Vaccination in Bombay 1913-1923 - 1913-1923
Year: 1913
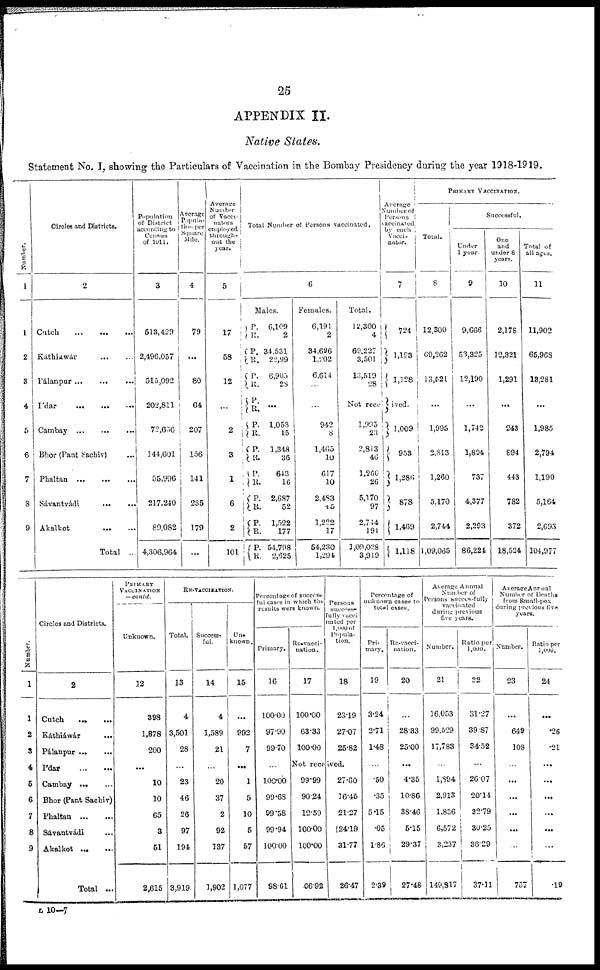
25
APPENDIX II.
Native States.
Statement No. I, showing the Particulars of Vaccination in the Bombay Presidency during the year 1918-1919.
Number.
1
1
2
3
4
5
6
7
8
9
Circles and Districts.
2
Cutch ... ... ...
Káthiawár ... ...
Pálanpur ... ... ...
Ídar
...
...
...
Cambay
...
...
...
Bhor (Pant Sachiv) ...
Phaltan
...
...
...
Sávantvádi ... ...
Akalkot
...
...
Total ...
Population
of District
according to
Census
of 1911
3
513,429
2,496,057
515,092
202,811
72,656
144,601
55,996
217,240
89,082
4,306,964
Average
Popula-
tion per
Square
Mile.
4
79
...
80
64
207
156
1 4 1
235
179
...
Average
Number
of Vacci-
nators
employed
through-
out the
year.
5
17
58
12
...
2
3
1
6
2
101
Total Number of Persons vaccinated,
6
Males.
P.
R.
P.
R.
P.
R.
P.
R.
P.
R.
P.
R.
P.
R.
P.
R.
P.
R.
P.
R.
6,109
2
34,531
22,99
6,905
28
...
1,053
15
1,348
36
643
16
2,687
52
1,522
177
54,798
2,625
Females.
6,191
2
34,696
1,202
6,614
...
942
8
1,465
10
617
10
2,483
45
1,222
17
54,230
1,294
Total.
12,300
4
69,227
3,501
13,519
28
Average
Number of
Persons
vaccinated
by each
Vacci-
nator.
7
724
1,193
1,128
Not received.
1,995
23
2,813
46
1,260
26
5,170
97
2,744
194
1,09,028
3,919
1,009
953
l,286
878
1,469
1,118
PRIMARY VACCINATION.
Total.
8
12,300
69,262
13,521
...
1,995
2,813
1,260
5,170
2,744
1,09,065
Successful.
Under
1 year.
9
9,666
53,325
12,190
...
1,742
1,894
737
4,377
2,293
86,224
One
and
under 6
years.
10
2,178
12,321
1,291
...
243
894
443
782
372
18,524
Total of
all ages.
11
11,902
65,968
13,281
...
1,985
2,794
1,190
5,164
2,693
104,977
Number.
1
1
2
3
4
5
6
7
8
9
Circles and Districts.
2
Cutch ... ... ...
Káthiáwár ...
Pálanpur ... ... ...
Ídar ... ...
Cambay
...
...
Bhor (Pant Sachiv)
Phaltan
...
...
Sávantvádi ...
Akalkot
...
...
Total ...
PRIMARY
VACCINATION
— contd.
Unknown.
12
398
1,878
200
...
10
10
65
3
51
2,615
RE-VACCINATION.
Total.
13
4
3,501
28
...
23
46
26
97
194
3,919
Success-
ful.
14
4
1,589
21
...
20
37
2
92
137
1,902
Un-
known.
15
...
992
7
...
1
5
10
5
57
1,077
Percentage of success-
ful cases in which the
results were known.
Primary.
16
100.00
97.90
99.70
...
100.00
99.68
99.58
99.94
100.00
98.61
Re-vacci-
nation.
17
100.00
63.33
100.00
Persons
success-
fully vacci
nated per
1,000 of
Popula-
tion.
18
23.19
27.07
25.82
Not received.
99.99
90.24
12.50
100.00
100.00
66.92
27.60
16.45
21.27
124.19
31.77
26.47
Percentage of
unknown cases to
total cases.
Pri-
mary.
19
3.24
2.71
1.48
...
.50
.35
5.15
.05
1.86
2.39
Re-vacci-
nation.
20
...
28.33
25.00
...
4.35
10.86
38.46
5.15
29.37
27.48
Average Annual
Number of
Persons successfully
vaccinated
during previous
five years.
Number.
21
16,053
99,529
17,783
...
1,894
2,913
1,836
6,572
3,237
149,817
Ratio per
1,000.
22
31.27
39.87
34.52
...
26.07
20.14
32.79
30.25
36.29
37.11
Average Annual
Number of Deaths
from Small-pox
during previous five
years.
Number.
23
...
649
108
...
...
...
...
...
...
757
Ratio per
1,000.
24
...
.26
.21
...
...
...
...
...
...
.19
L 10—7